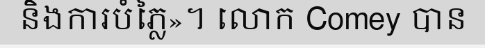
និងការបំភ្លៃ»។ លោក Comey បាន